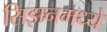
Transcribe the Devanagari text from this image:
सिझनमध्ये